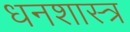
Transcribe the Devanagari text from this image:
धनशास्त्र